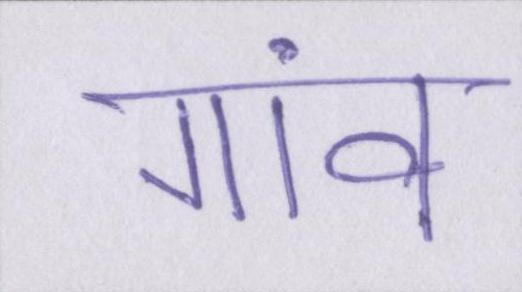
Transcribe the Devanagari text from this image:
गांव